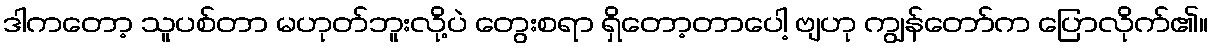
ဒါကတော့ သူပစ်တာ မဟုတ်ဘူးလို့ပဲ တွေးစရာ ရှိတော့တာပေါ့ ဗျဟု ကျွန်တော်က ပြောလိုက်၏။